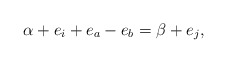
\begin{align*}\alpha+e_i+e_a-e_b=\beta+e_j,\end{align*}